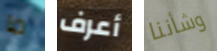
ما أعرف وشأننا